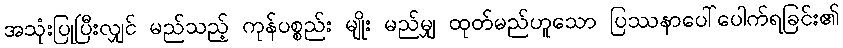
အသုံးပြုပြီးလျှင် မည်သည့် ကုန်ပစ္စည်း မျိုး မည်မျှ ထုတ်မည်ဟူသော ပြဿနာပေါ်ပေါက်ရခြင်း၏